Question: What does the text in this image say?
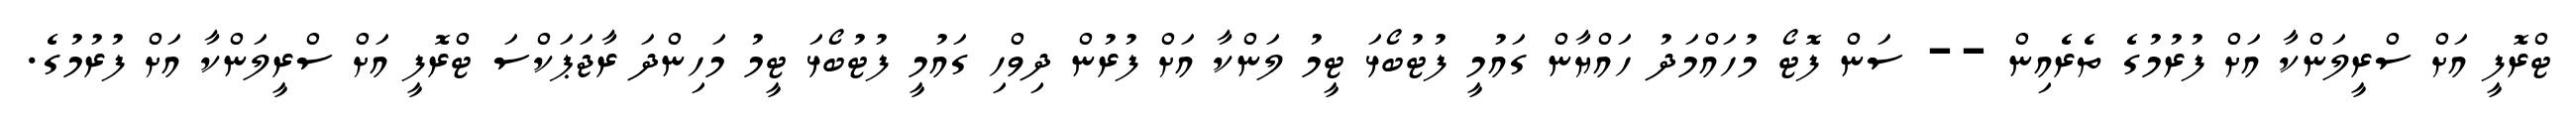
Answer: ޓްރޮފީ އަށް ސްރީލަންކާ އަށް ފުރުމުގެ ތެރެއިން -- ސަން ފޮޓޯ މުހައްމަދު ހައްޔާން ގައުމީ ފުޓުބޯޅަ ޓީމު ލަންކާ އަށް ފުރުން ދިވްހި ގައުމީ ފުޓުބޯޅަ ޓީމު މަހިންދަ ރާޖަޕަކްސަ ޓްރޮފީ އަށް ސްރީލަންކާ އަށް ފުރުމުގެ.